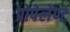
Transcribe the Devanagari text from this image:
प्रोपेलेण्ट